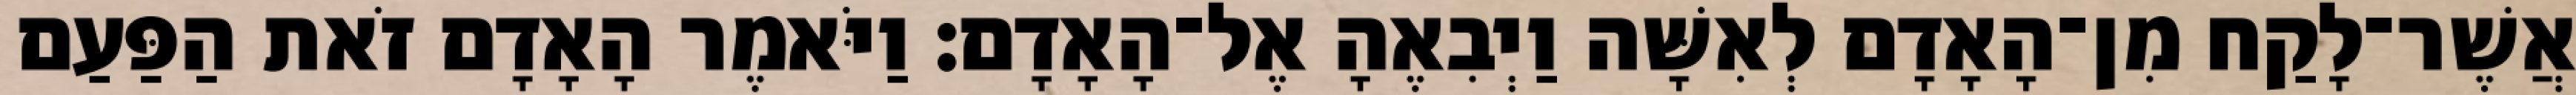
אֲשֶׁר־לָקַח מִן־הָאָדָם לְאִשָּׁה וַיְבִאֶהָ אֶל־הָאָדָם׃ וַיֹּאמֶר הָאָדָם זֹאת הַפַּעַם